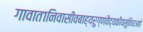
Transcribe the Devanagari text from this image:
गावात१निवासीवबाह्यरुग्णवैद्यकीयसुविधाआहे